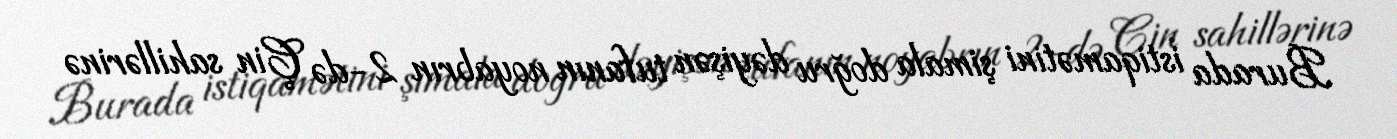
Burada istiqamətini şimala doğru dəyişən tufanın noyabrın 2-də Çin sahillərinə